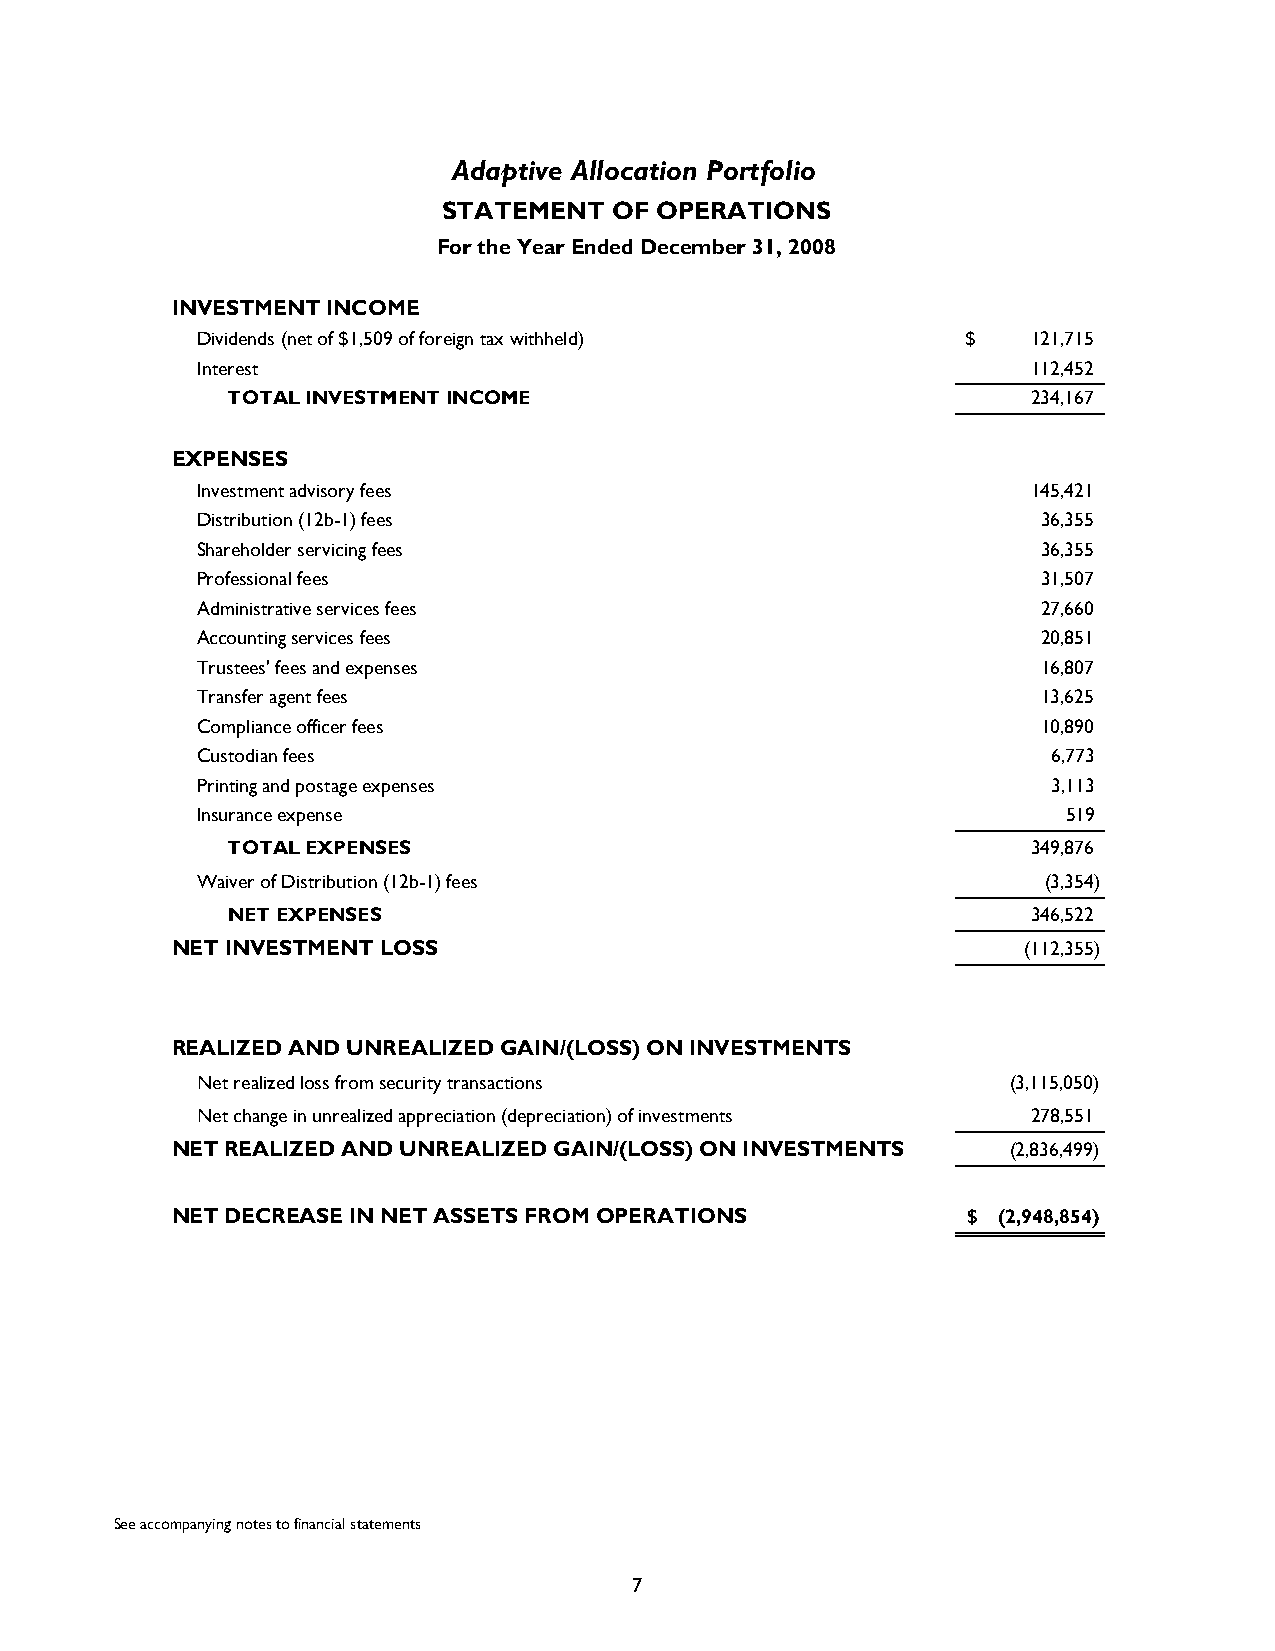
Adaptive Allocation Portfolio
 STATEMENT   OF OPERATIONS
 For the Year Ended December 31, 2008
 INVESTMENT INCOME
 Dividends (net of $1,509 of foreign tax withheld)  $   121,715
 Interest                                               1 12,452
 TOTAL INVESTMENT INCOME                              2 34,167
 EXPENSES
 Investment advisory fees                               1 45,421
 Distribution (12b-1) fees                               36,355
 Shareholder servicing fees                              36,355
 Professional fees                                       31,507
 Administrative services fees                            27,660
 Accounting services fees                                20,851
 Trustees' fees and expenses                             16,807
 Transfer agent fees                                     13,625
 Compliance officer fees                                 10,890
 Custodian fees                                           6,773
 Printing and postage expenses                            3,113
 Insurance expense                                         519
 TOTAL EXPENSES                                       3 49,876
 Waiver of Distribution (12b-1) fees                     (3,354)
 NET EXPENSES                                         3 46,522
 NET INVESTMENT LOSS                                      (112,355)
 REALIZED AND UNREALIZED GAIN/(LOSS) ON INVESTMENTS
 Net realized loss from security transactions          (3,115,050)
 Net change in unrealized appreciation (depreciation) of investments 2 78,551
 NET REALIZED AND UNREALIZED GAIN/(LOSS) ON INVESTMENTS  (2,836,499)
 NET DECREASE IN NET ASSETS FROM OPERATIONS           $ ( 2,948,854)
 See accompanying notes to financial statements
 7